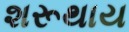
શરૂથાય